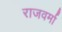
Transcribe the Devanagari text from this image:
राजवर्मा